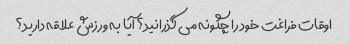
اوقات فراغت خود را چگونه می گذرانید؟ آیا به ورزش علاقه دارید؟